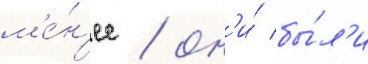
м'е́н'ее / он'и́ бы́л'и